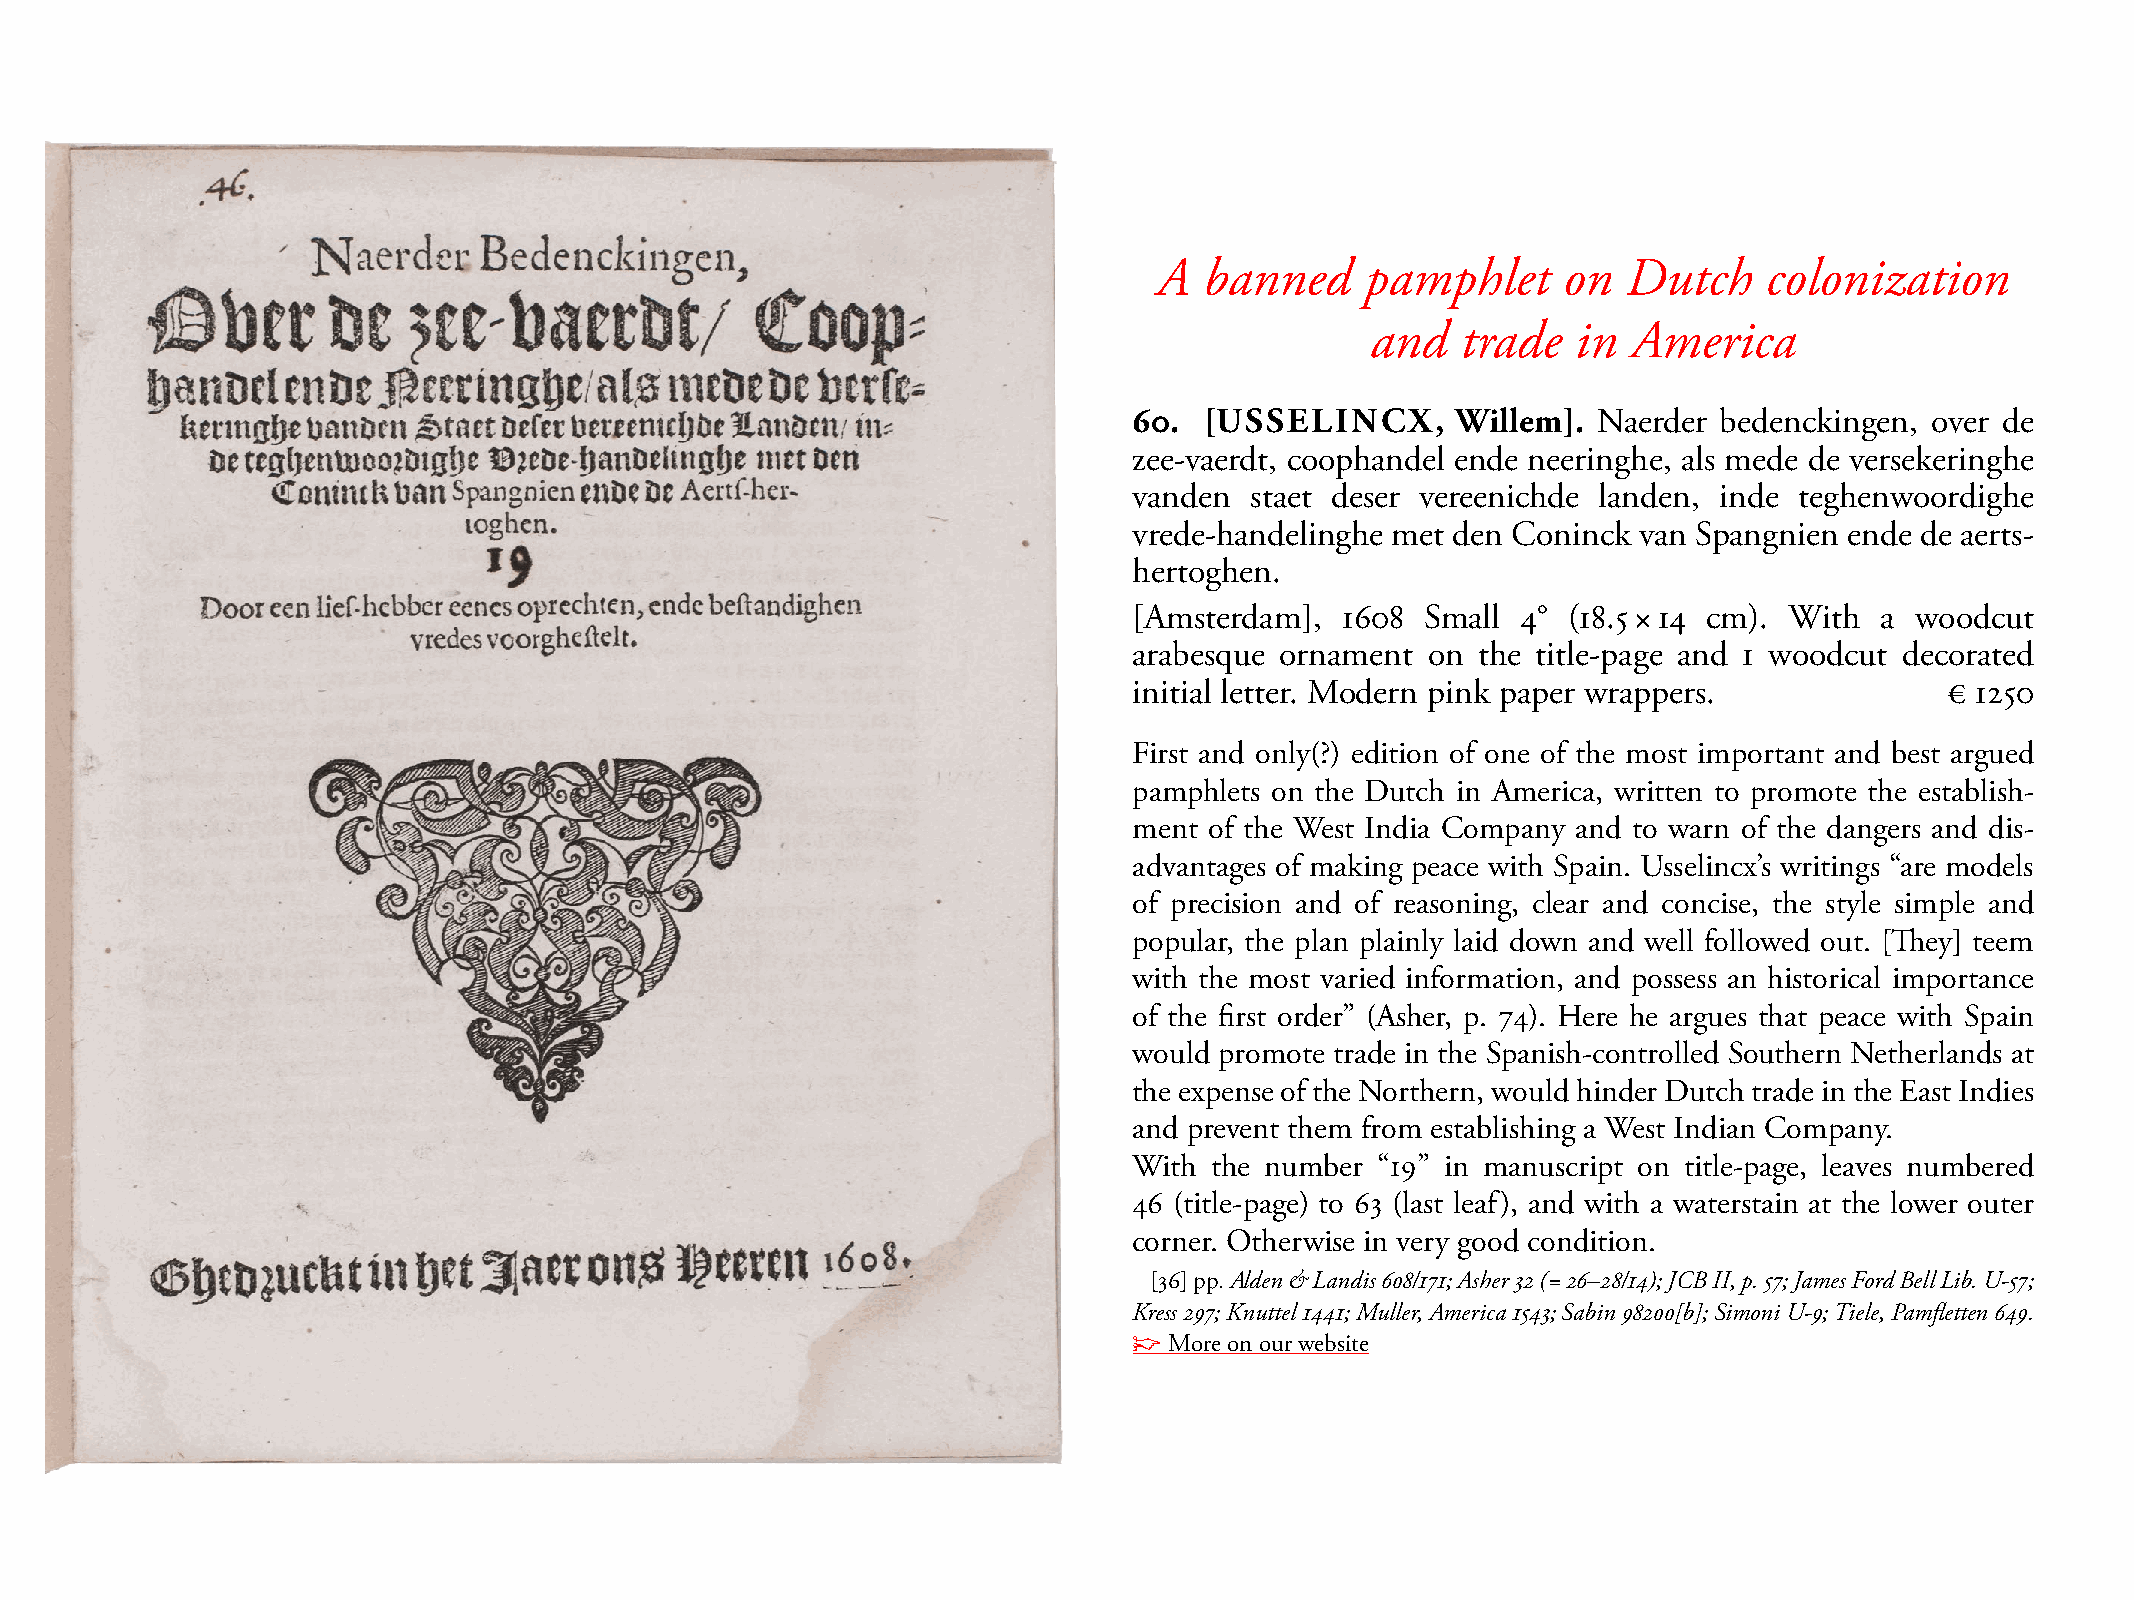
A  banned    pamphlet     on   Dutch    colonization
 and   trade  in  America
 60.  [USSELINCX,     Willem].  Naerder bedenckingen, over de
 zee-vaerdt, coophandel ende neeringhe, als mede de versekeringhe
 vanden  staet deser vereenichde landen, inde teghenwoordighe
 vrede-handelinghe met den Coninck van spangnien ende de aerts-
 hertoghen.
 [Amsterdam],  1608 small  4° (18.5 × 14 cm). With a woodcut
 arabesque ornament  on the title-page and 1 woodcut decorated
 initial letter. modern pink paper wrappers.           € 1250
 First and only(?) edition of one of the most important and best argued
 pamphlets on the Dutch in America, written to promote the establish-
 ment of the West India Company and to warn of the dangers and dis-
 advantages of making peace with spain. Usselincx’s writings “are models
 of precision and of reasoning, clear and concise, the style simple and
 popular, the plan plainly laid down and well followed out. [They] teem
 with the most varied information, and possess an historical importance
 of the first order” (Asher, p. 74). Here he argues that peace with spain
 would promote trade in the spanish-controlled southern Netherlands at
 the expense of the Northern, would hinder Dutch trade in the East Indies
 and prevent them from establishing a West Indian Company.
 With the number “19” in manuscript on title-page, leaves numbered
 46 (title-page) to 63 (last leaf), and with a waterstain at the lower outer
 corner. Otherwise in very good condition.
 [36] pp. Alden & Landis 608/171; Asher 32 (= 26–28/14); JCB II, p. 57; James Ford Bell Lib. U-57;
 Kress 297; Knuttel 1441; Muller, America 1543; Sabin 98200[b]; Simoni U-9; Tiele, Pamfletten 649.
 ☞ more on our website